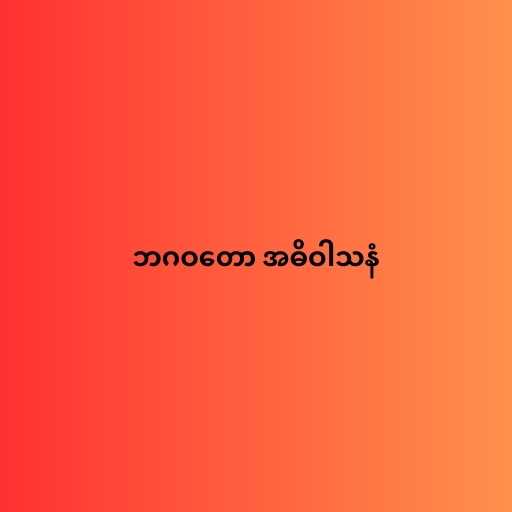
ဘဂဝတော အဓိဝါသနံ